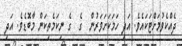
ދެއްކެވުމަށްޓަކައެވެ. އަދި ހަމަކަށަވަރުން  ގެ  ގެ ނިކަމެތިކަން މާބޮޑެވެ. އަދި